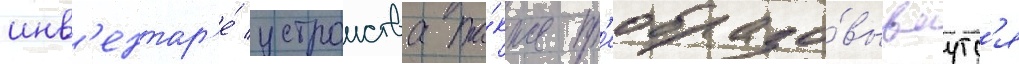
инв'ентар'е́ устроиства та́кже пр'еобразо́вываутс'я